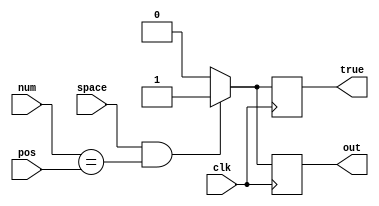
`timescale 1ns / 1ps
//////////////////////////////////////////////////////////////////////////////////
// Company: 
// Engineer: 
// 
// Design Name: 
// Module Name: spacepressed
// Project Name: 
// Target Devices: 
// Tool Versions: 
// Description: 
// 
// Dependencies: 
// 
// Revision:
// Revision 0.01 - File Created
// Additional Comments:
// 
//////////////////////////////////////////////////////////////////////////////////

module spacepressed(space, num, pos, clk, true, out);
  input space;
  input [1:0] num;
  input [1:0] pos;
  input clk;
  output true;
  output out;
  
  reg true;
  reg out;
  always @ (posedge clk)
    begin 

      if (space == 1 && num == pos)
        begin 
             true <= 1;
             out <= 1;
        end
     
   
        
  else
        begin
          true <= 0;
          out <= 0;
        end
       
    end
  
 
endmodule